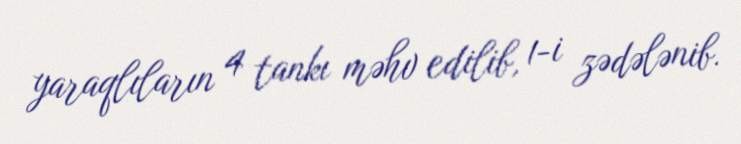
yaraqlıların 4 tankı məhv edilib, 1-i zədələnib.